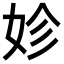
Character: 𡛧